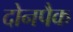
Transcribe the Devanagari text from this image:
दोनपैक